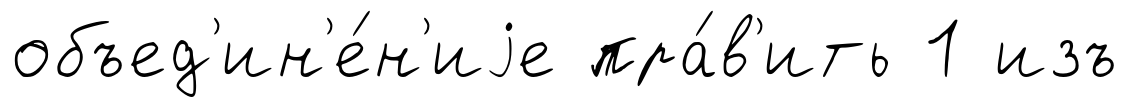
объед'ин'е́н'иjе пра́в'ить 1 изъ